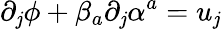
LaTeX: \partial_{\mathit{j}}\phi+\beta_{a}\partial_{\mathit{j}}\alpha^{a}=u_{\mathit{j}}